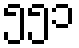
၅၅၁